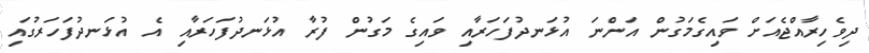
ދިވެހިރާއްޖެއަށް ވައިގެމަގުން އަންނަަ އުޅަނދުފަހަރާއި ވައިގެ މަގުން ފުރާ އުޅަނދުފަހަރާއި އެ އުޅަނދުފަހަރުގައި